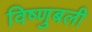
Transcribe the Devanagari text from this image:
विष्णुबली